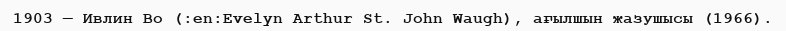
1903 — Ивлин Во (:en:Evelyn Arthur St. John Waugh), ағылшын жазушысы (1966).